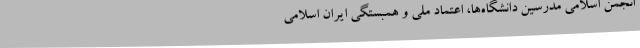
انجمن اسلامی مدرسین دانشگاه‌ها، اعتماد ملی و همبستگی ایران اسلامی